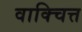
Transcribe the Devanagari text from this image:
वाक्चित्त